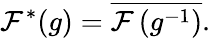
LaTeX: \mathcal{F}^{*}(g)={\overline{{{\mathcal{F}\left(g^{-1}\right)}}}}.